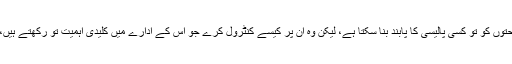
کوئی بھی سربراہ ادارہ اپنے ماتحتوں کو تو کسی پالیسی کا پابند بنا سکتا ہے، لیکن وہ ان پر کیسے کنٹرول کرے جو اس کے ادارے میں کلیدی اہمیت تو رکھتے ہیں، مگر اس کے کنٹرول میں نہیں۔